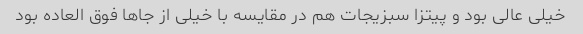
خیلی عالی بود و پیتزا سبزیجات هم در مقایسه با خیلی از جاها فوق العاده بود